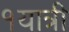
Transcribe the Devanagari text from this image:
१यात्री